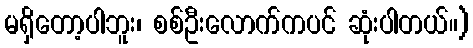
မရှိတော့ပါဘူး၊ စစ်ဦးလောက်ကပင် ဆုံးပါတယ်။)